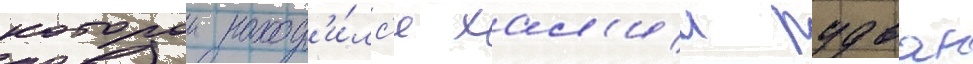
которои наход'и́лс'я хал'ил рудван